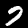
Digit: 7